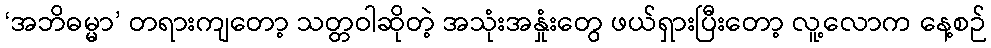
‘အဘိဓမ္မာ’ တရားကျတော့ သတ္တဝါဆိုတဲ့ အသုံးအနှုံးတွေ ဖယ်ရှားပြီးတော့ လူ့လောက နေ့စဉ်